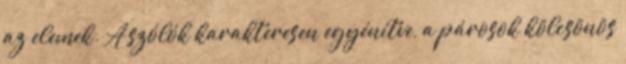
az elemek. A szólók karakteresen egyénítve, a párosok kölcsönös